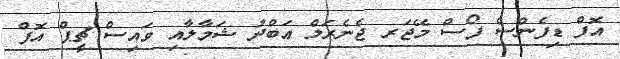
އޮފް ޑިފެންސް ފޯސް މޭޖަރ ޖެނެރަލް ޢަބްދު ޝަމާލާއި ވައިސް ޗީޕް އޮފް